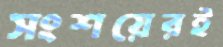
সংশয়েরই